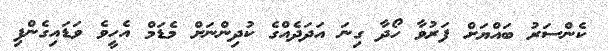
ކެންސަރު ބައްޔަށް ފަރުވާ ހޯދާ ގިނަ އަދަދެއްގެ ކުދިންނަށް މެޑަމް އެހީވެ ވަޑައިގެންފި